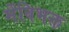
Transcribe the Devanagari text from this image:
मेंविभक्त